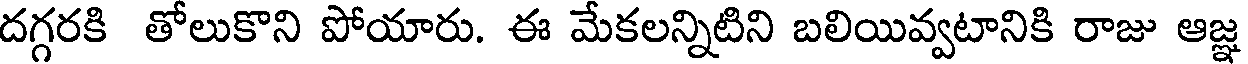
దగ్గరకి తోలుకొని పోయారు. ఈ మేకలన్నిటిని బలియివ్వటానికి రాజు ఆజ్ఞ